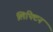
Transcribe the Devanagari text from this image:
लिफ्टिन